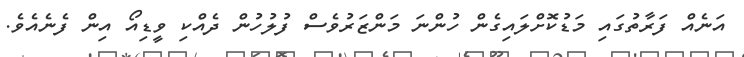
އަނެއް ފަރާތުގައި މަޑުކޮށްލައިގެން ހުންނަ މަންޒަރުވެސް ފުލުހުން ދެއްކި ވީޑިއޯ އިން ފެނެއެވެ.